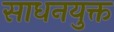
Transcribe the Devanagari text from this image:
साधनयुक्त